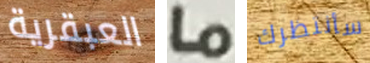
العبقرية ما سأنتظرك